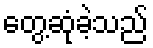
တွေ့ဆုံခဲ့သည်